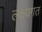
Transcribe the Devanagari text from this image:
लक्ष्यगत